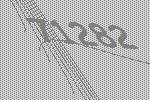
71282